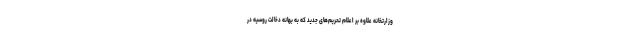
وزارتخانه علاوه بر اعلام تحریم‌های جدید که به بهانه دخالت روسیه در